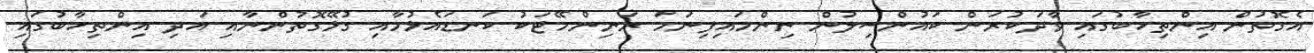
އެގޮތުން އިންތިހާބުގައި ވާދަކުރަން ކައުންސިލުން ނިންމައިފިނަމަ ރަނިންމޭޓަކު ކަނޑައެޅުމާއި ގުޅޭގޮތުންނާއި އަދި އިންތިހާބުގައި